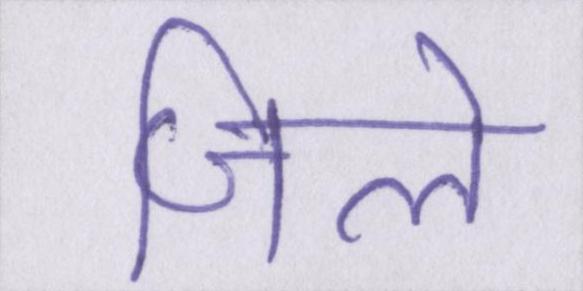
जिले